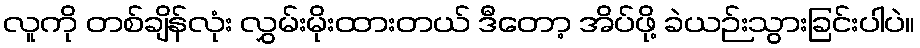
လူကို တစ်ချိန်လုံး လွှမ်းမိုးထားတယ် ဒီတော့ အိပ်ဖို့ ခဲယဉ်းသွားခြင်းပါပဲ။